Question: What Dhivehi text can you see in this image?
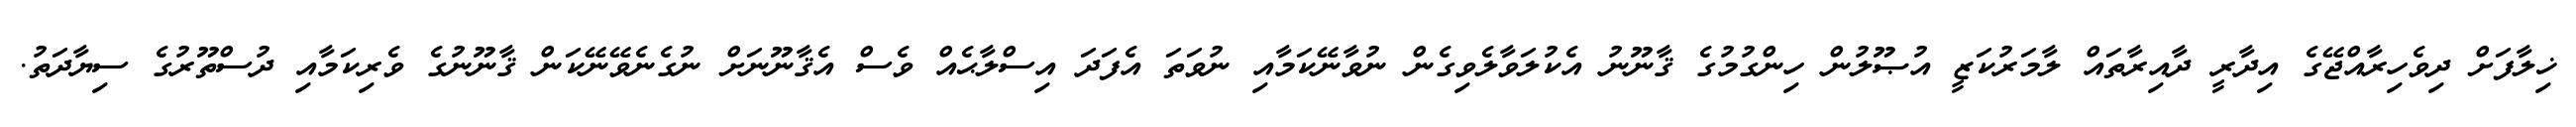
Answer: ޚިލާފަށް ދިވެހިރާއްޖޭގެ އިދާރީ ދާއިރާތައް ލާމަރުކަޒީ އުޞޫލުން ހިންގުމުގެ ޤާނޫނު އެކުލަވާލެވިގެން ނުވާނޭކަމާއި ނުވަތަ އެފަދަ އިސްލާޙެއް ވެސް އެޤާނޫނަށް ނުގެނެވޭނޭކަން ޤާނޫނުގެ ވެރިކަމާއި ދުސްތޫރުގެ ސިޔާދަތު.